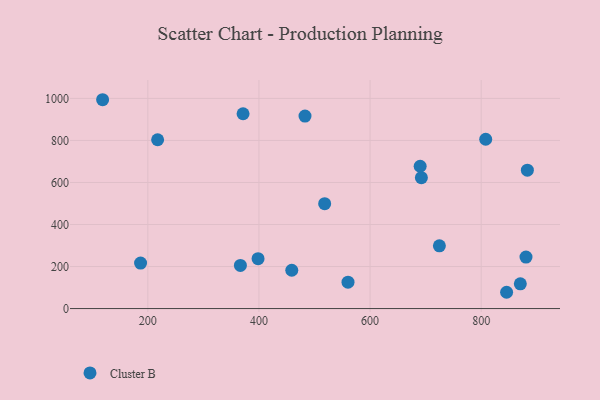
{"axis": {"x": "Speed", "y": "Demand"}, "legend": ["Cluster B"], "data": [{"x": "880.7", "y": 244.8, "type": "Cluster B"}, {"x": "459.1", "y": 182.4, "type": "Cluster B"}, {"x": "186.9", "y": 216.6, "type": "Cluster B"}, {"x": "692.4", "y": 623.0, "type": "Cluster B"}, {"x": "217.6", "y": 803.4, "type": "Cluster B"}, {"x": "482.9", "y": 916.2, "type": "Cluster B"}, {"x": "870.5", "y": 117.5, "type": "Cluster B"}, {"x": "518.3", "y": 498.9, "type": "Cluster B"}, {"x": "808.2", "y": 805.7, "type": "Cluster B"}, {"x": "118.6", "y": 993.8, "type": "Cluster B"}, {"x": "724.8", "y": 298.6, "type": "Cluster B"}, {"x": "560.3", "y": 125.8, "type": "Cluster B"}, {"x": "883.2", "y": 658.5, "type": "Cluster B"}, {"x": "845.8", "y": 77.5, "type": "Cluster B"}, {"x": "371.4", "y": 927.0, "type": "Cluster B"}, {"x": "690.2", "y": 677.3, "type": "Cluster B"}, {"x": "366.6", "y": 205.5, "type": "Cluster B"}, {"x": "398.4", "y": 237.5, "type": "Cluster B"}]}